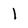
Character: I